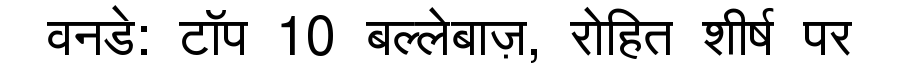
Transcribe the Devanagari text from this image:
वनडे: टॉप 10 बल्लेबाज़, रोहित शीर्ष पर